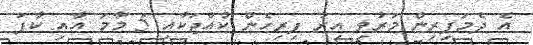
އެ ދެމަފިރިން މަރުވި އިރު ފިރިހެން ކުއްޖަކާއި 5 މާމަ އާއި ކާފަ